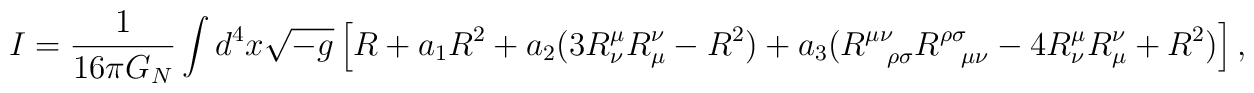
I = \frac{1}{16\pi G_N}\int d^4x\sqrt{-g}  \left[ R + a_1R^2 + a_2(3R^{\mu}_{\nu}R_{\mu}^{\nu}-R^2) +    a_3(R^{\mu\nu}_{\ \ \rho\sigma}R^{\rho\sigma}_{\ \ \mu\nu}    -4R^{\mu}_{\nu}R_{\mu}^{\nu}+R^2) \right],